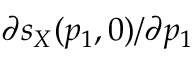
\partial s _ { X } ( p _ { 1 } , 0 ) / \partial p _ { 1 }